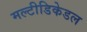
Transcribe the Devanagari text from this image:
मल्टीडिकेडल